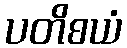
ပတိစယံ